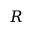
R